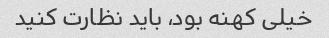
خیلی کهنه بود، باید نظارت کنید